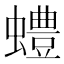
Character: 𫋠